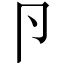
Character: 卪